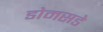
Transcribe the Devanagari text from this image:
डोमसडे